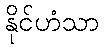
နိုင်ဟံသာ